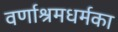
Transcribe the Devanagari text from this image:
वर्णाश्रमधर्मका